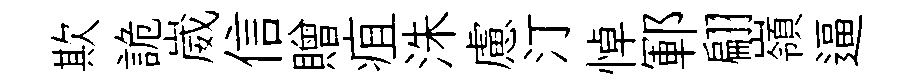
欺詭崴信贈疽洙慮汀悼鄆翩嶺逼